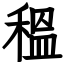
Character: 𥠺